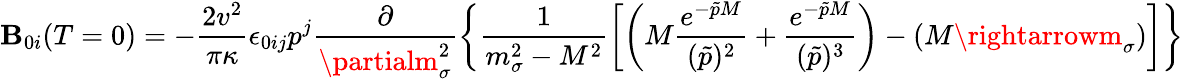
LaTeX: \mathbf{B}_{0i}(T=0)=-\frac{{2v^{2}}}{{\pi\kappa}}\epsilon_{0ij}p^{j}\frac{{\partial}}{{\partialm_{\sigma}^{2}}}\left\{ \frac{{1}}{{m_{\sigma}^{2}-M^{2}}}\left[\left(M\frac{{e^{-\tilde{{p}}M}}}{{(\tilde{{p}})^{2}}}+\frac{{e^{-\tilde{{p}}M}}}{{(\tilde{{p}})^{3}}}\right)-(M\rightarrowm_{\sigma})\right]\right\}